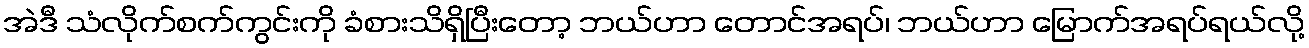
အဲဒီ သံလိုက်စက်ကွင်းကို ခံစားသိရှိပြီးတော့ ဘယ်ဟာ တောင်အရပ်၊ ဘယ်ဟာ မြောက်အရပ်ရယ်လို့